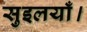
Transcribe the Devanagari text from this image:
सुइलयाँ।